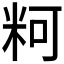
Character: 𰪲